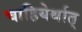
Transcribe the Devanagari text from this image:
चाहियेर्थात्